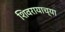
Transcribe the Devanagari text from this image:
शिवरायाच्या